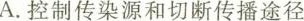
A.控制传染源和切断传播途径